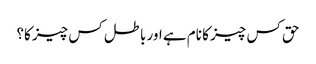
حق کس چیز کا نام ہے اور باطل کس چیز کا؟